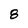
Character: 8